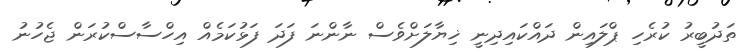
ތަދުބީރު ކުރެހި ޕްލައިން ދައްކައިދިނީ ޚިޔާލަށްވެސް ނާންނަ ފަދަ ފަޅުކަމެއް އިހްސާސްކުރަން ޖެހުނު